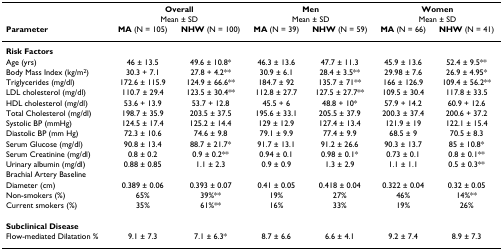
<table><thead><tr><td></td><td colspan="2"><b>Overall</b></td><td colspan="2"><b>Men</b></td><td colspan="2"><b>Women</b></td></tr><tr><td></td><td colspan="2"><b>Mean ± SD</b></td><td colspan="2"><b>Mean ± SD</b></td><td colspan="2"><b>Mean ± SD</b></td></tr><tr><td><b>Parameter</b></td><td><b>MA (N = 105)</b></td><td><b>NHW (N = 100)</b></td><td><b>MA (N = 39)</b></td><td><b>NHW (N = 59)</b></td><td><b>MA (N = 66)</b></td><td><b>NHW (N = 41)</b></td></tr></thead><tbody><tr><td><b>Risk Factors</b></td><td></td><td></td><td></td><td></td><td></td><td></td></tr><tr><td>Age (yrs)</td><td>46 ± 13.5</td><td>49.6 ± 10.8*</td><td>46.3 ± 13.6</td><td>47.7 ± 11.3</td><td>45.9 ± 13.6</td><td>52.4 ± 9.5**</td></tr><tr><td>Body Mass Index (kg/m<sup>2</sup>)</td><td>30.3 + 7.1</td><td>27.8 + 4.2**</td><td>30.9 ± 6.1</td><td>28.4 ± 3.5**</td><td>29.98 ± 7.6</td><td>26.9 ± 4.95*</td></tr><tr><td>Triglycerides (mg/dl)</td><td>172.6 ± 115.9</td><td>124.9 ± 66.6**</td><td>184.7 ± 92</td><td>135.7 ± 71**</td><td>166 ± 126.9</td><td>109.4 ± 56.2**</td></tr><tr><td>LDL cholesterol (mg/dl)</td><td>110.7 ± 29.4</td><td>123.5 ± 30.4**</td><td>112.8 ± 27.7</td><td>127.5 ± 27.7**</td><td>109.5 ± 30.4</td><td>117.8 ± 33.5</td></tr><tr><td>HDL cholesterol (mg/dl)</td><td>53.6 + 13.9</td><td>53.7 + 12.8</td><td>45.5 + 6</td><td>48.8 + 10*</td><td>57.9 + 14.2</td><td>60.9 + 12.6</td></tr><tr><td>Total Cholesterol (mg/dl)</td><td>198.7 ± 35.9</td><td>203.5 ± 37.5</td><td>195.6 ± 33.1</td><td>205.5 ± 37.9</td><td>200.3 ± 37.4</td><td>200.6 + 37.2</td></tr><tr><td>Systolic BP (mmHg)</td><td>124.5 ± 17.4</td><td>125.2 ± 14.4</td><td>129 ± 12.9</td><td>127.4 ± 13.4</td><td>121.9 ± 19</td><td>122.1 ± 15.4</td></tr><tr><td>Diastolic BP (mm Hg)</td><td>72.3 ± 10.6</td><td>74.6 ± 9.8</td><td>79.1 ± 9.9</td><td>77.4 ± 9.9</td><td>68.5 ± 9</td><td>70.5 ± 8.3</td></tr><tr><td>Serum Glucose (mg/dl)</td><td>90.8 ± 13.4</td><td>88.7 ± 21.7*</td><td>91.7 ± 13.1</td><td>91.2 ± 26.6</td><td>90.3 ± 13.7</td><td>85 ± 10.8*</td></tr><tr><td>Serum Creatinine (mg/dl)</td><td>0.8 ± 0.2</td><td>0.9 ± 0.2**</td><td>0.94 ± 0.1</td><td>0.98 ± 0.1*</td><td>0.73 ± 0.1</td><td>0.8 ± 0.1**</td></tr><tr><td>Urinary albumin (mg/dl)</td><td>0.88 ± 0.85</td><td>1.1 ± 2.3</td><td>0.9 ± 0.9</td><td>1.3 ± 2.9</td><td>1.1 ± 1.1</td><td>0.5 ± 0.3**</td></tr><tr><td>Brachial Artery Baseline</td><td></td><td></td><td></td><td></td><td></td><td></td></tr><tr><td>Diameter (cm)</td><td>0.389 ± 0.06</td><td>0.393 ± 0.07</td><td>0.41 ± 0.05</td><td>0.418 ± 0.04</td><td>0.322 ± 0.04</td><td>0.32 ± 0.05</td></tr><tr><td>Non-smokers (%)</td><td>65%</td><td>39%**</td><td>19%</td><td>27%</td><td>46%</td><td>14%**</td></tr><tr><td>Current smokers (%)</td><td>35%</td><td>61%**</td><td>16%</td><td>33%</td><td>19%</td><td>26%</td></tr><tr><td><b>Subclinical Disease</b></td><td></td><td></td><td></td><td></td><td></td><td></td></tr><tr><td>Flow-mediated Dilatation %</td><td>9.1 ± 7.3</td><td>7.1 ± 6.3*</td><td>8.7 ± 6.6</td><td>6.6 ± 4.1</td><td>9.2 ± 7.4</td><td>8.9 ± 7.3</td></tr></tbody></table>